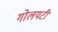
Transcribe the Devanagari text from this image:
गोलयटी